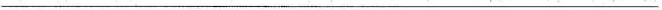
___